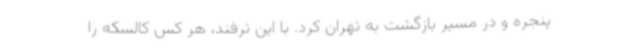
پنجره و در مسیر بازگشت به تهران کرد. با این ترفند، هر کس کالسکه را